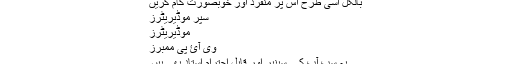
بالکل اسی طرح اس پر منفرد اور خوبصورت کام کریں
سپر موڈیریٹرز
موڈیریٹرز
وی آئ پی ممبرز
یہ سب آپ کے سینیر اور قابل احترام استاد بھی ہیں۔